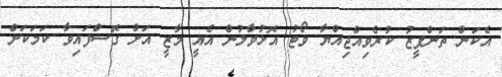
އެކަން ތަންފީޒު ކުރެވިއްޖިއްޔާ ވޯޓު އޮޅުވާލުން އެއީ މާޒީ އަށް ގޮސްފައިވާ ކަމަކަށް